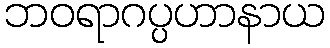
ဘဝရာဂပ္ပဟာနာယ